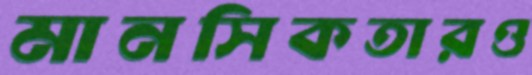
মানসিকতারও